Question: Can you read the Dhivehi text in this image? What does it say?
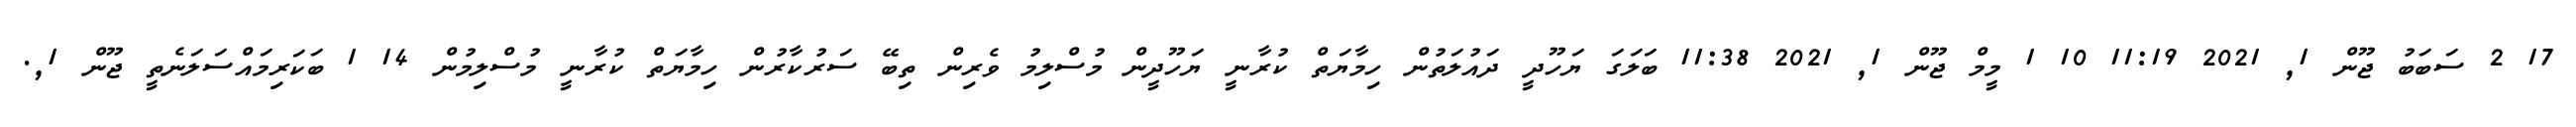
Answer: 17 2 ސަބަބު ޖޫން 1, 2021 11:19 10 1 މީމް ޖޫން 1, 2021 11:38 ބަލަގަ ޔަހޫދީ ދައުލަތުން ހިމާޔަތް ކުރާނީ ޔަހޫދީން މުސްލިމު ވެރިން ތިބޭ ސަރުކާރުން ހިމާޔަތް ކުރާނީ މުސްލިމުން 14 1 ބަކަރިމައްސަލަނެތީ ޖޫން 1,.